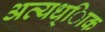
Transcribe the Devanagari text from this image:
अत्यध्ािक